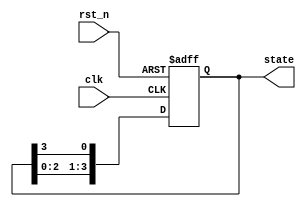
module ring_counter (
    input wire clk,          // Clock signal
    input wire rst_n,       // Asynchronous reset (active low)
    output reg [3:0] state  // 4-bit state output
);

// State transition logic
always @(posedge clk or negedge rst_n) begin
    if (!rst_n) begin
        // Asynchronous reset: initialize to state 0001
        state <= 4'b0001;
    end else begin
        // Rotate the '1' through the states
        state <= {state[2:0], state[3]}; // Shift left and circularly move the last bit
    end
end

endmodule